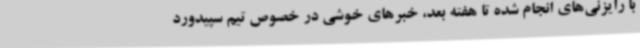
با رایزنی‌های انجام شده تا هفته بعد، خبرهای خوشی در خصوص تیم سپیدورد